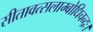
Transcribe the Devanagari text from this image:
सीतावत्सलाम्बोधिचन्द्रः।